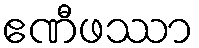
ဧဏီဖဿာ